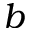
b